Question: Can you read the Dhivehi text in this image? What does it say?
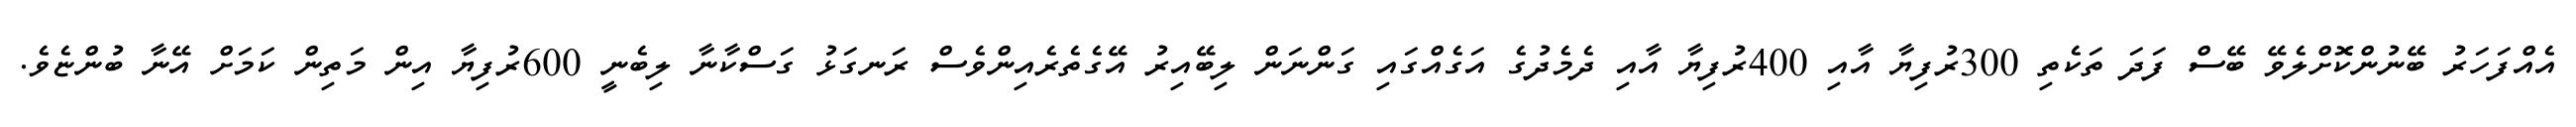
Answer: އެއްފަހަރު ބޭނުންކޮށްލެވޭ ބޭސް ފަދަ ތަކެތި 300ރުފިޔާ އާއި 400ރުފިޔާ އާއި ދެމެދުގެ އަގެއްގައި ގަންނަން ލިބޭއިރު އޭގެތެރެއިންވެސް ރަނގަޅު ގަސްކާނާ ލިބެނީ 600ރުފިޔާ އިން މަތިން ކަމަށް އޭނާ ބުންޏެވެ.